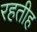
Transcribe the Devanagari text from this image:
रहतीह